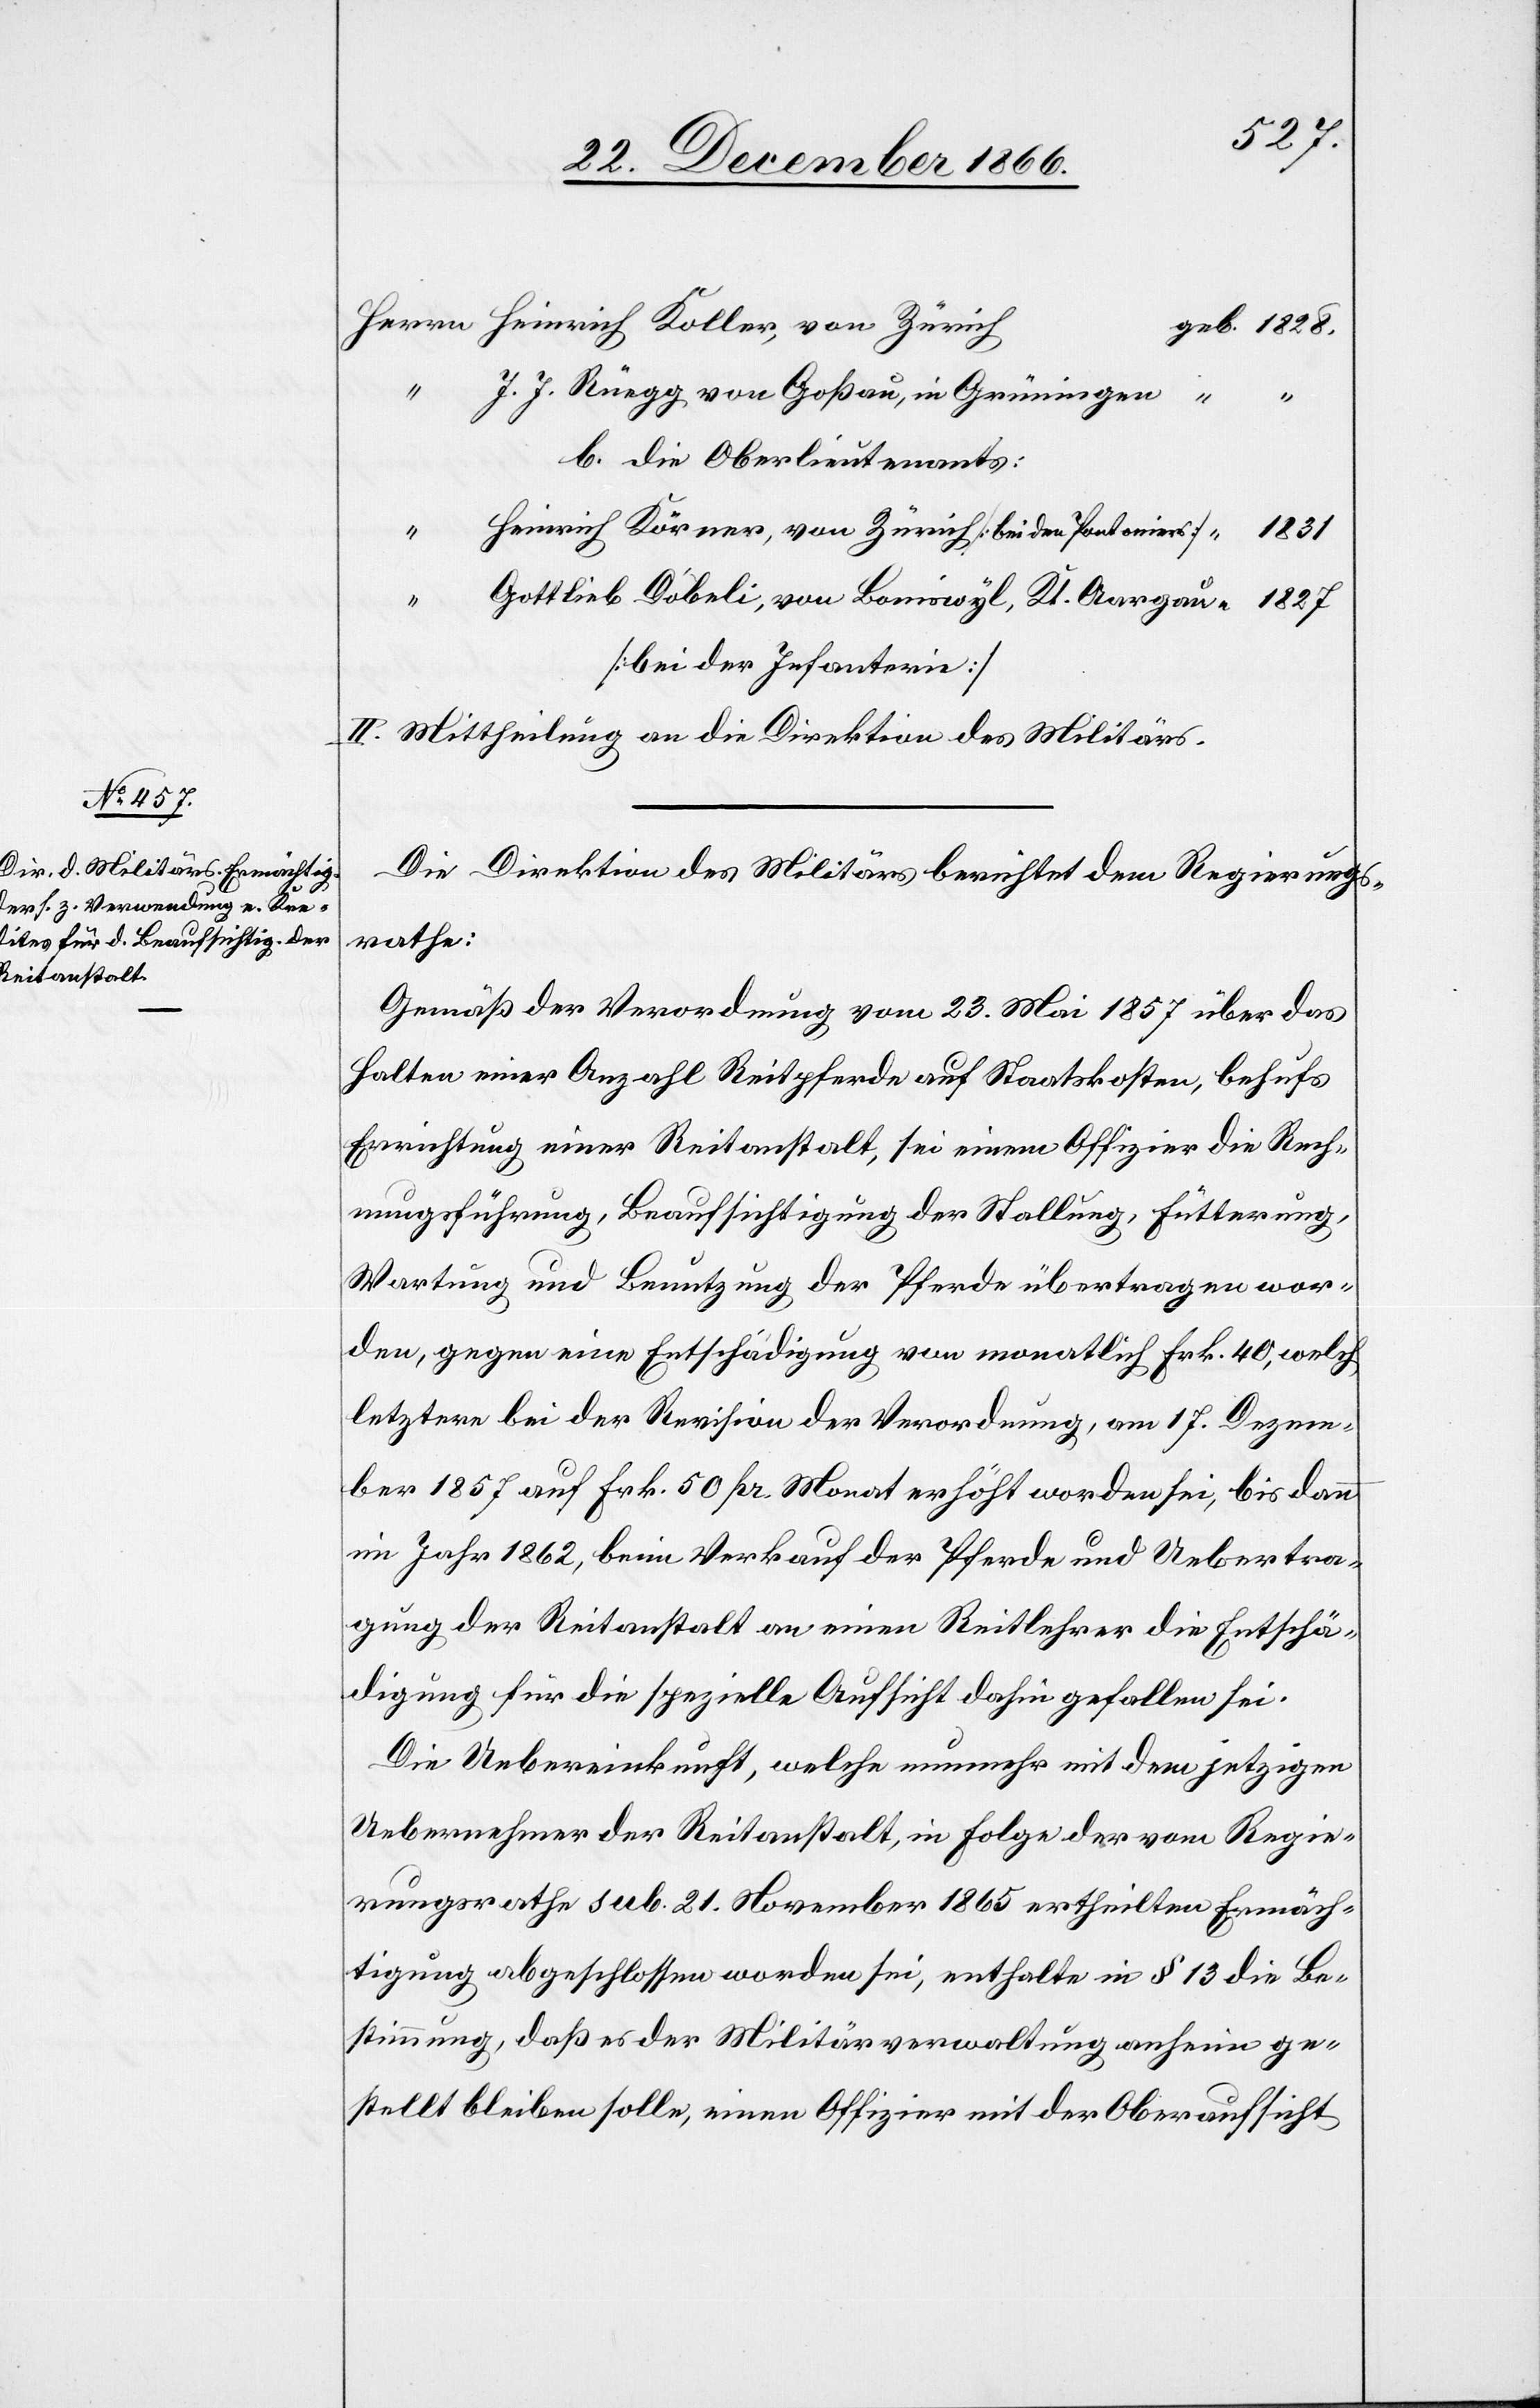
1831

J. J. Rüegg, von Goßau, in Grüningen
b. die Oberlieutenants:
Heinrich Körner, von Zürich [bei den Pontoniers]
ller, von
Gottlieb Döbeli, von Boniswyl, Kt. Aargau
[bei der Infanterie]
II. Mittheilung an die Direktion des Militärs.
Die Direktion des Militärs berichtet dem Regierungs¬
rathe:
Gemäß der Verordnung vom 23. Mai 1857 über das
Halten einer Anzahl Reitpferde auf Staatskosten, behufs
Errichtung einer Reitanstalt, sei einem Offizier die Rech¬
nungsführung, Beaufsichtigung der Stallung, Fütterung,
Wartung und Benutzung der Pferde übertragen wor¬
den, gegen eine Entschädigung von monatlich Frk. 40, welch
letztere bei der Revision der Verordnung, am 17. Dezem¬
ber 1857 auf Frk. 50 pr. Monat erhöht worden sei, bis dann
im Jahr 1862, beim Verkauf der Pferde und Uebertra¬
gung der Reitanstalt an einen Reitlehrer die Entschä¬
digung für die spezielle Aufsicht dahin gefallen sei.
Die Uebereinkunft, welche nunmehr mit dem jetzigen
Uebernehmer der Reitanstalt, in Folge der vom Regie¬
rungsrathe sub. 21. November 1865 ertheilten Ermäch¬
tigung abgeschlossen worden sei, enthalte in § 13 die Be¬
stimmung, daß es der Militärverwaltung anheim ge¬
stellt bleiben solle, einen Offizier mit der Oberaufsicht